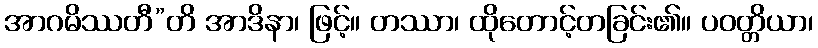
အာဂမိဿတီ”တိ အာဒိနာ၊ ဖြင့်။ တဿာ၊ ထိုတောင့်တခြင်း၏။ ပဝတ္တိယာ၊